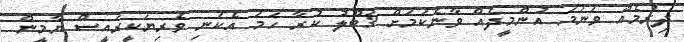
ދިރުމެއް ވަނަމަ އުންމީދެއް ވާނެކަމަށް ޤަބޫލު ކުރާ ހަމަ އެކަނި ވެރިޔަކީރައީސް ޔާމީން